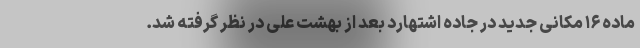
ماده ۱۶ مکانی جدید در جاده اشتهارد بعد از بهشت علی در نظر گرفته شد.